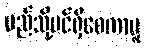
မည်သို့ပင်ရှိစေကာမူ